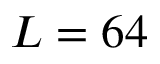
L = 6 4